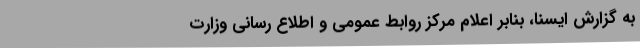
به گزارش ایسنا، بنابر اعلام مرکز روابط عمومی و اطلاع رسانی وزارت